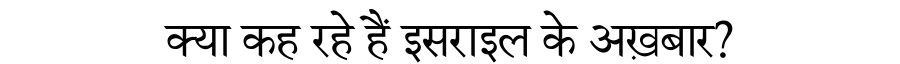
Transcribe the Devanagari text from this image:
क्या कह रहे हैं इसराइल के अख़बार?